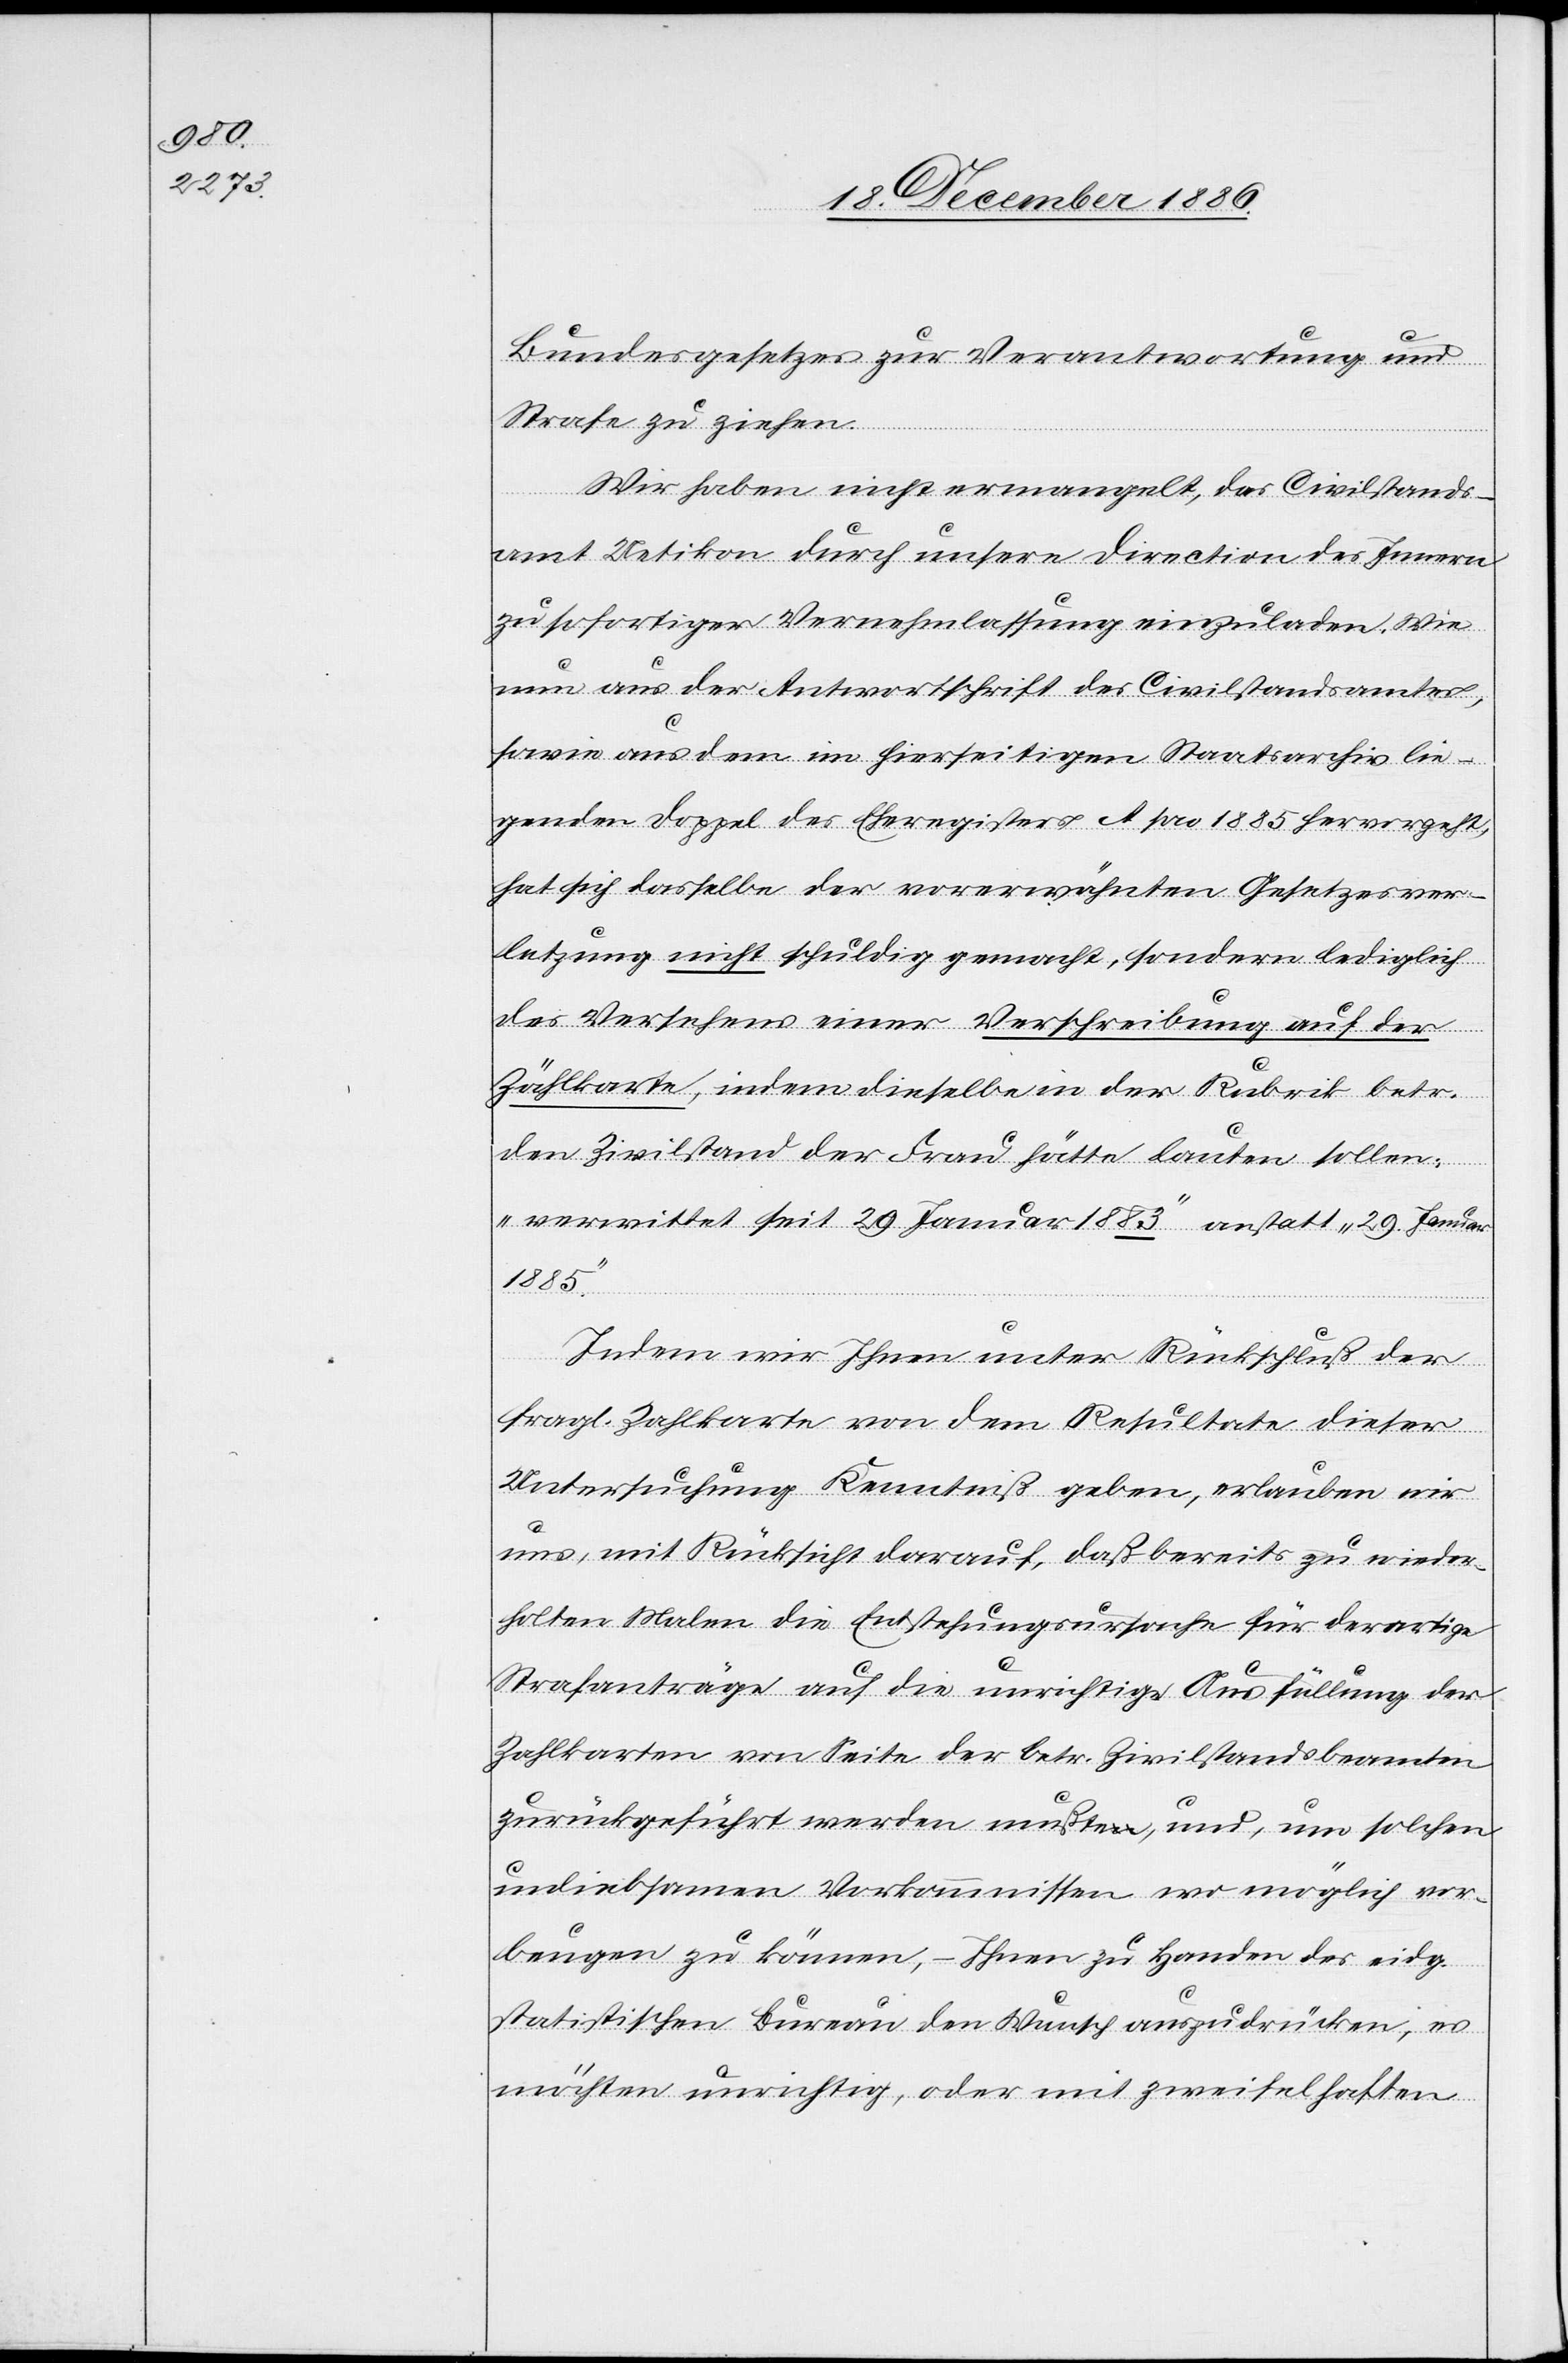
Bundesgesetzes zur Verantwortung und
Strafe zu ziehen.
Wir haben nicht ermangelt, das Civilstands¬
amt Uetikon durch unsere Direction des Innern
zu sofortiger Vernehmlassung einzuladen. Wie
nun aus der Antwortschrift der Civilstandsamtes,
sowie aus dem im hierseitigen Staatsarchiv lie¬
genden Doppel des Eheregisters A pro 1885 hervorgeht,
hat sich dasselbe der vorerwähnten Gesetzesver¬
letzung nicht schuldig gemacht, sondern lediglich
des Versehens einer Verschreibung auf der
Zählkarte, indem dieselbe in der Rubrik betr.
den Zivilstand der Frau hätte lauten sollen:
„verwitt[w]et seit 29. Januar 1883“ anstatt „29. Januar
1885“.
Indem wir Ihnen unter Rückschluß der
fragl. Zahlkarte [sic!] von dem Resultate dieser
Untersuchung Kenntniß geben, erlauben wir
uns, mit Rücksicht darauf, daß bereits zu wieder¬
holten Malen die Entstehungsursache für derartige
Strafanträge auf die unrichtige Ausfüllung der
Zahlkarten von Seite der betr. Zivilstandsbeamten
zurückgeführt werden mußte, und, um solchen
unliebsamen Vorkommnissen wo möglich vor¬
beugen zu können, – Ihnen zu Handen des eidg.
statistischen Bureau den Wunsch auszudrücken, es
möchten unrichtig, oder mit zweifelhaften